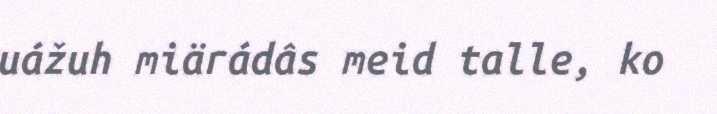
uážuh miärádâs meid talle, ko